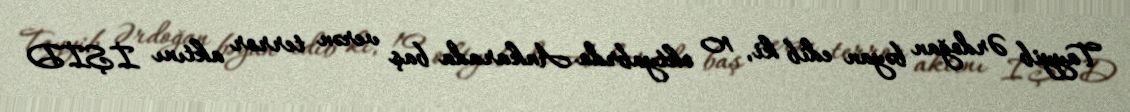
Tayyib Ərdoğan bəyan edib ki, 10 oktyabrda Ankarada baş verən terror aktını İŞİD